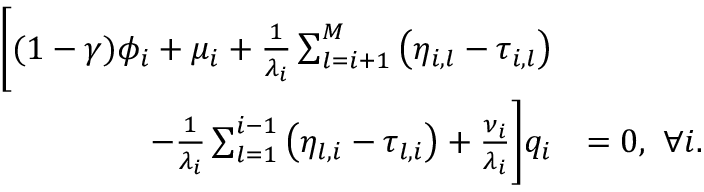
\begin{array} { r l } { \Bigg [ ( 1 - \gamma ) \phi _ { i } + \mu _ { i } + \frac { 1 } { \lambda _ { i } } \sum _ { l = i + 1 } ^ { M } \left( \eta _ { i , l } - \tau _ { i , l } \right) } & { } \\ { - \frac { 1 } { \lambda _ { i } } \sum _ { l = 1 } ^ { i - 1 } \left( \eta _ { l , i } - \tau _ { l , i } \right) + \frac { \nu _ { i } } { \lambda _ { i } } \Bigg ] q _ { i } } & { = 0 , ~ \forall i . } \end{array}